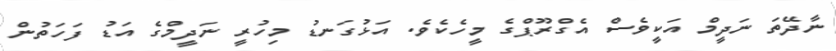
ނާދޭތަ ނަދީމް އަކީވެސް އެގްރޫޕްގެ މީހެކެވެ. އަޅުގަނޑު މިހުރީ ނަދީމްގެ އަޑު ފަހަތުން